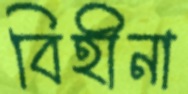
বিহীনা